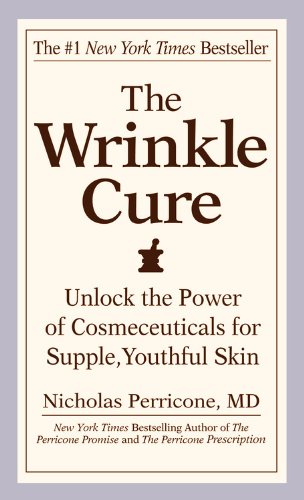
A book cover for The Wrinkle Cure: Unlock the Power of Cosmeceuticals for Supple, Youthful Skin; Nicholas Perricone; Health, Fitness & Dieting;